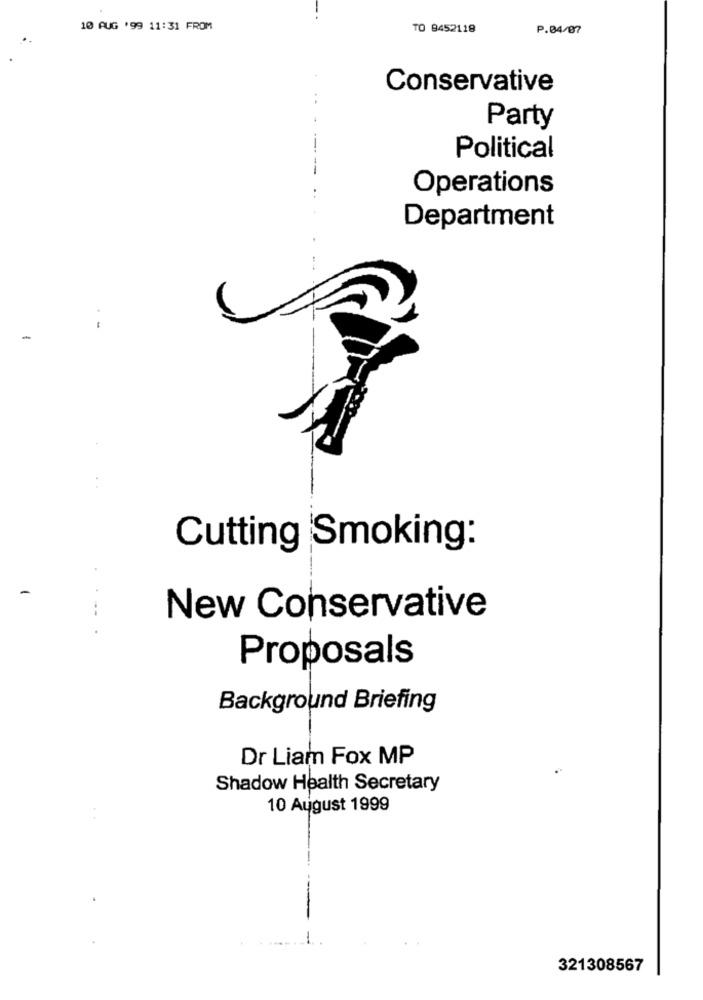
10 AUG '99 11:31 FROM
TO 9452118
P.04/07
Conservative
. .
Party
Political
Operations
Department
Cutting Smoking:
-
---
New Conservative
Proposals
Background Briefing
Dr Liam Fox MP
Shadow Health Secretary
10 August 1999
321308567